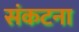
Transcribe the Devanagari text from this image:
संकटना